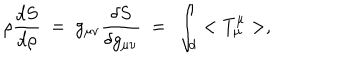
LaTeX: \rho { \frac { d S } { d \rho } } ~ = ~ g _ { \mu \nu } { \frac { \delta S } { \delta g _ { \mu \nu } } } ~ = ~ \int _ { d } < T _ { \mu } ^ { \mu } > ,